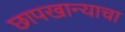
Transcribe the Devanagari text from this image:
छापखान्याचा